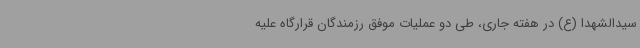
سیدالشهدا (ع) در هفته جاری، طی دو عملیات موفق رزمندگان قرارگاه علیه